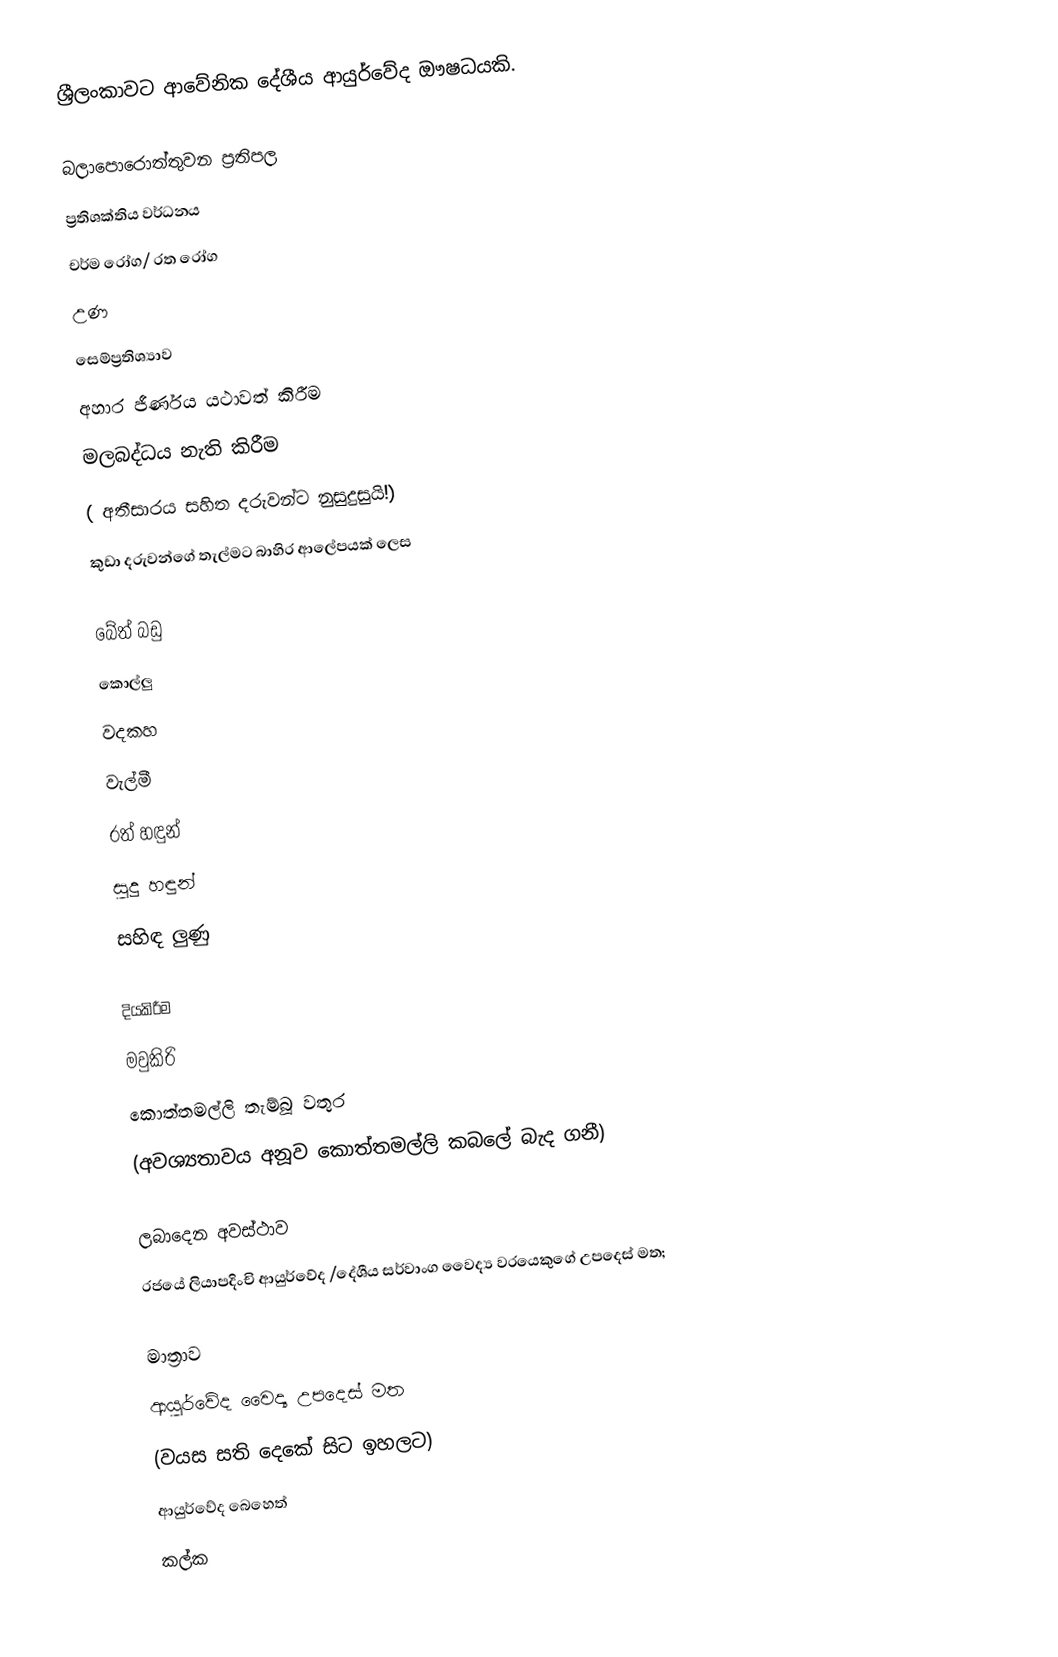
ශ්‍රීලංකාවට ආවේනික දේශීය ආයුර්වේද ඖෂධයකි.

බලාපොරොත්තුවන ප්‍රතිපල
 ප්‍රතිශක්තිය වර්ධනය
 චර්ම රෝග/ රත රෝග
 උණ
 සෙම්ප්‍රතිශ්‍යාව
 අහාර ජීර්ණය යථාවත් කිරීම
 මලබද්ධය නැති කිරීම
( අතීසාරය සහිත දරුවන්ට නුසුදුසුයි!)
 කුඩා දරුවන්ගේ තැල්මට බාහිර ආලේපයක් ලෙස

බේත් බඩු
 කොල්ලු
 වදකහ
 වැල්මී
 රත් හඳුන්
 සුදු හඳුන්
 සහිඳ ලුණු

දියකිරීම
 මවුකිරි
 කොත්තමල්ලි තැම්බූ වතුර
(අවශ්‍යතාවය අනූව කොත්තමල්ලි කබලේ බැද ගනී)

ලබාදෙන අවස්ථාව
රජයේ ලියාපදිංචි ආයුර්වේද /දේශීය සර්වාංග වෛද්‍ය වරයෙකුගේ උපදෙස් මත;

මාත්‍රාව
ආයුර්වේද වෛද්‍ය උපදෙස් මත
(වයස සති දෙකේ සිට ඉහලට)
ආයුර්වේද බෙහෙත්
කල්ක